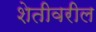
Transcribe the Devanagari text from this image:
शेतीवरील